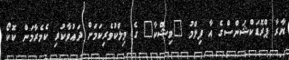
ޔާރާ ޕްރޮޑަކްޝަންސްގެ އާ ފިލްމު "ވިޝްކާ" ގެ މިލްކުވެރިކަމަށް ދައުވާކުރި ކެމެރާމަން ކޮކޯ